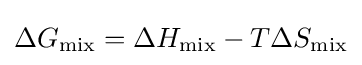
\Delta G_{\text{mix}}=\Delta H_{\text{mix}}-T\Delta S_{\text{mix}}